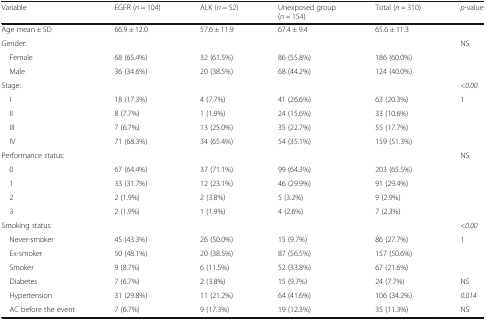
<table><thead><tr><td><b>Variable</b></td><td><b>EGFR (<i>n</i> = 104)</b></td><td><b>ALK (<i>n</i> = 52)</b></td><td><b>Unexposed group (<i>n</i> = 154)</b></td><td><b>Total (<i>n</i> = 310)</b></td><td><b><i>p</i>-value</b></td></tr></thead><tbody><tr><td>Age mean ± SD</td><td>66.9 ± 12.0</td><td>57.6 ± 11.9</td><td>67.4 ± 9.4</td><td>65.6 ± 11.3</td><td>[EMPTY_CELL]</td></tr><tr><td>Gender:</td><td>[EMPTY_CELL]</td><td>[EMPTY_CELL]</td><td>[EMPTY_CELL]</td><td>[EMPTY_CELL]</td><td>NS</td></tr><tr><td> Female</td><td>68 (65.4%)</td><td>32 (61.5%)</td><td>86 (55.8%)</td><td>186 (60.0%)</td><td>[EMPTY_CELL]</td></tr><tr><td> Male</td><td>36 (34.6%)</td><td>20 (38.5%)</td><td>68 (44.2%)</td><td>124 (40.0%)</td><td>[EMPTY_CELL]</td></tr><tr><td>Stage:</td><td>[EMPTY_CELL]</td><td>[EMPTY_CELL]</td><td>[EMPTY_CELL]</td><td>[EMPTY_CELL]</td><td><i>&lt;0.00</i></td></tr><tr><td> I</td><td>18 (17.3%)</td><td>4 (7.7%)</td><td>41 (26.6%)</td><td>63 (20.3%)</td><td>1</td></tr><tr><td> II</td><td>8 (7.7%)</td><td>1 (1.9%)</td><td>24 (15.6%)</td><td>33 (10.6%)</td><td>[EMPTY_CELL]</td></tr><tr><td> III</td><td>7 (6.7%)</td><td>13 (25.0%)</td><td>35 (22.7%)</td><td>55 (17.7%)</td><td>[EMPTY_CELL]</td></tr><tr><td> IV</td><td>71 (68.3%)</td><td>34 (65.4%)</td><td>54 (35.1%)</td><td>159 (51.3%)</td><td>[EMPTY_CELL]</td></tr><tr><td>Performance status:</td><td>[EMPTY_CELL]</td><td>[EMPTY_CELL]</td><td>[EMPTY_CELL]</td><td>[EMPTY_CELL]</td><td>NS</td></tr><tr><td> 0</td><td>67 (64.4%)</td><td>37 (71.1%)</td><td>99 (64.3%)</td><td>203 (65.5%)</td><td>[EMPTY_CELL]</td></tr><tr><td> 1</td><td>33 (31.7%)</td><td>12 (23.1%)</td><td>46 (29.9%)</td><td>91 (29.4%)</td><td>[EMPTY_CELL]</td></tr><tr><td> 2</td><td>2 (1.9%)</td><td>2 (3.8%)</td><td>5 (3.2%)</td><td>9 (2.9%)</td><td>[EMPTY_CELL]</td></tr><tr><td> 3</td><td>2 (1.9%)</td><td>1 (1.9%)</td><td>4 (2.6%)</td><td>7 (2.3%)</td><td>[EMPTY_CELL]</td></tr><tr><td>Smoking status:</td><td>[EMPTY_CELL]</td><td>[EMPTY_CELL]</td><td>[EMPTY_CELL]</td><td>[EMPTY_CELL]</td><td><i>&lt;0.00</i></td></tr><tr><td> Never-smoker</td><td>45 (43.3%)</td><td>26 (50.0%)</td><td>15 (9.7%)</td><td>86 (27.7%)</td><td>1</td></tr><tr><td> Ex-smoker</td><td>50 (48.1%)</td><td>20 (38.5%)</td><td>87 (56.5%)</td><td>157 (50.6%)</td><td>[EMPTY_CELL]</td></tr><tr><td> Smoker</td><td>9 (8.7%)</td><td>6 (11.5%)</td><td>52 (33.8%)</td><td>67 (21.6%)</td><td>[EMPTY_CELL]</td></tr><tr><td> Diabetes</td><td>7 (6.7%)</td><td>2 (3.8%)</td><td>15 (9.7%)</td><td>24 (7.7%)</td><td>NS</td></tr><tr><td> Hypertension</td><td>31 (29.8%)</td><td>11 (21.2%)</td><td>64 (41.6%)</td><td>106 (34.2%)</td><td><i>0.014</i></td></tr><tr><td> AC before the event</td><td>7 (6.7%)</td><td>9 (17.3%)</td><td>19 (12.3%)</td><td>35 (11.3%)</td><td>NS</td></tr></tbody></table>